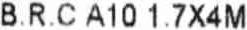
B.R.C A10 1.7X4M